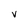
Character: V